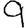
Digit: 9